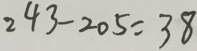
2 4 3 - 2 0 5 = 3 8